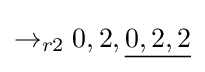
\rightarrow _{r2}0,2,{\underline {0,2,2}}